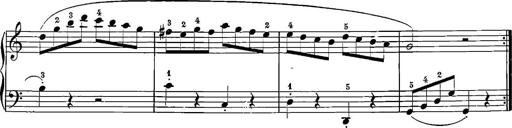
Title: 12 Sonatinas
Composer: Ignaz Pleyel